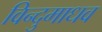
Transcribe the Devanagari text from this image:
विन्दुमाधव